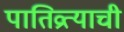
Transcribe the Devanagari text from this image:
पातिव्रत्याची